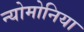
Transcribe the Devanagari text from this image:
न्योमोनिया